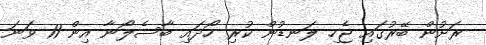
ރަށުން ބޭރުގައި ޖެހި ލަނޑުން ކުރި ހޯދައި ބާސެލޯނާ އިން 11 ވަނަ